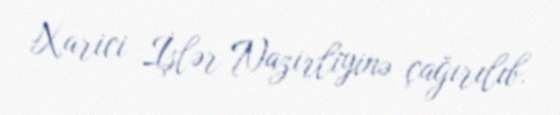
Xarici İşlər Nazirliyinə çağırılıb.